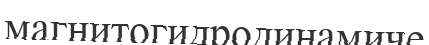
магнитогидродинамиче